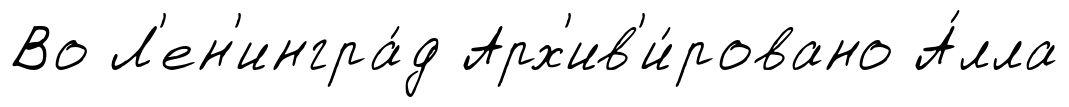
Во Л'ен'ингра́д Арх'ив'и́ровано А́лла